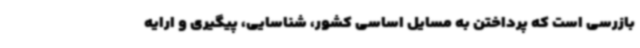
بازرسی است که پرداختن به مسایل اساسی کشور، شناسایی، پیگیری و ارایه